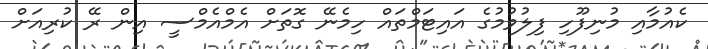
ކެއުމާއި މުނިފޫހި ފިލުވުމުގެ އައިޓަމްތައް ހިމެނޭ ގޮތަށް އެމްއެމްސީ އިން ރޭ ކުރިއަށް